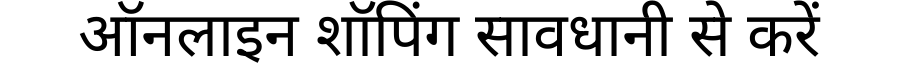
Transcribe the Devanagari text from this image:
ऑनलाइन शॉपिंग सावधानी से करें